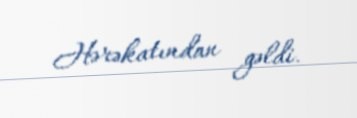
Hərəkatından gəldi.